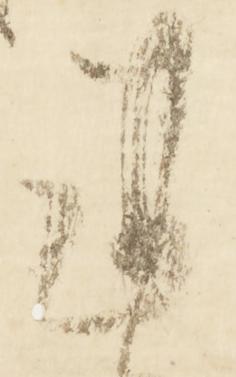
謹